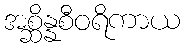
အစ္ဆိန္နစီဝရိကာယ